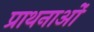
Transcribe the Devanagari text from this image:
प्राथनाओं